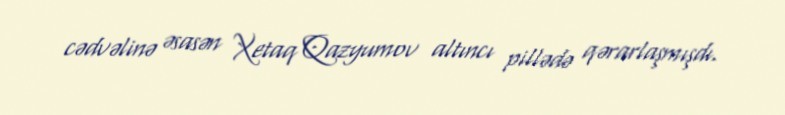
cədvəlinə əsasən Xetaq Qazyumov altıncı pillədə qərarlaşmışdı.